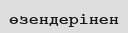
өзендерінен